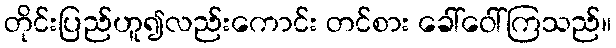
တိုင်းပြည်ဟူ၍လည်းကောင်း တင်စား ခေါ်ဝေါ်ကြသည်။